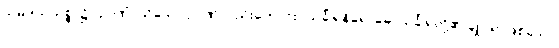
သမုဒယသစ္စာ၌။ ဉာဏံ၊ သိသော ဉာဏ်လည်းကောင်း။ သင်္ခါရနိရောဓေ၊ သင်္ခါရတို့၏ ချုပ်ရာဖြစ်သော